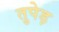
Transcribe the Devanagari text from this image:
तुपेड़